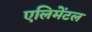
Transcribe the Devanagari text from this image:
एलिमेंटल